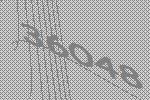
36048